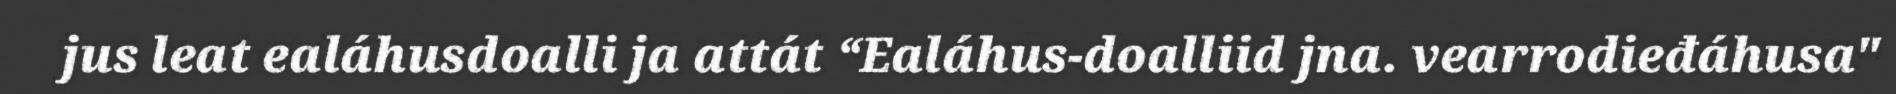
jus leat ealáhusdoalli ja attát “Ealáhus-doalliid jna. vearrodieđáhusa"